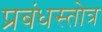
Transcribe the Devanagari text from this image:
प्रबंधस्तोत्र